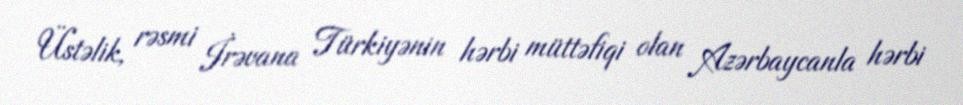
Üstəlik, rəsmi İrəvana Türkiyənin hərbi müttəfiqi olan Azərbaycanla hərbi